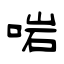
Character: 啱